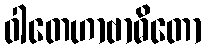
ဝါတေဟာဗာဓိတော